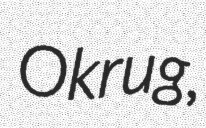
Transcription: Okrug,